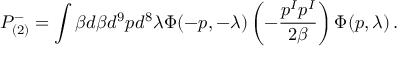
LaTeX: P _ { ( 2 ) } ^ { - } = \int \beta d \beta d ^ { 9 } p d ^ { 8 } \lambda \Phi ( - p , - \lambda ) \left( - \frac { p ^ { I } p ^ { I } } { 2 \beta } \right) \Phi ( p , \lambda ) \, .